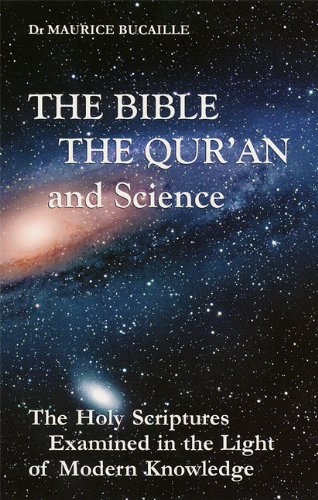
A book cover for The Bible, the Qu'ran and Science: The Holy Scriptures Examined in the Light of Modern Knowledge; Dr. Maurice Bucaille; Religion & Spirituality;